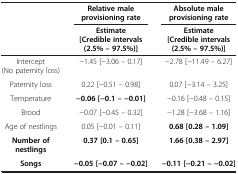
<table><thead><tr><td><b> </b></td><td><b>Relative male provisioning rate</b></td><td><b>Absolute male provisioning rate</b></td></tr><tr><td><b> </b></td><td><b>Estimate [Credible intervals (2.5% – 97.5%)]</b></td><td><b>Estimate [Credible intervals (2.5% – 97.5%)]</b></td></tr></thead><tbody><tr><td>Intercept (No paternity loss)</td><td>−1.45 [−3.06 – 0.17]</td><td>−2.78 [−11.49 – 6.27]</td></tr><tr><td>Paternity loss</td><td>0.22 [−0.51 – 0.98]</td><td>0.07 [−3.14 – 3.25]</td></tr><tr><td>Temperature</td><td><b>−0.06 [−0.1 – −0.01]</b></td><td>−0.16 [−0.48 – 0.15]</td></tr><tr><td>Brood</td><td>−0.07 [−0.45 – 0.32]</td><td>−1.28 [−3.68 – 1.16]</td></tr><tr><td>Age of nestlings</td><td>0.05 [−0.01 – 0.11]</td><td><b>0.68 [0.28 – 1.09]</b></td></tr><tr><td><b>Number of nestlings</b></td><td><b>0.37 [0.1 – 0.65]</b></td><td><b>1.66 [0.38 – 2.97]</b></td></tr><tr><td><b>Songs</b></td><td><b>−0.05 [−0.07 – −0.02]</b></td><td><b>−0.11 [−0.21 – −0.02]</b></td></tr></tbody></table>